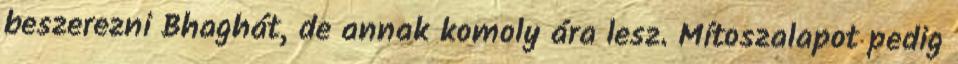
beszerezni Bhaghát, de annak komoly ára lesz. Mítoszalapot pedig